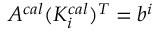
A ^ { c a l } ( K _ { i } ^ { c a l } ) ^ { T } = b ^ { i }